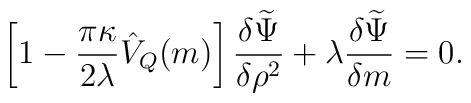
\left [1-\frac{\pi\kappa}{2\lambda} \hat V_Q(m)\right]\frac{\delta\widetilde \Psi}{\delta\rho^2}+\lambda\frac{\delta\widetilde\Psi}{\delta m}=0.